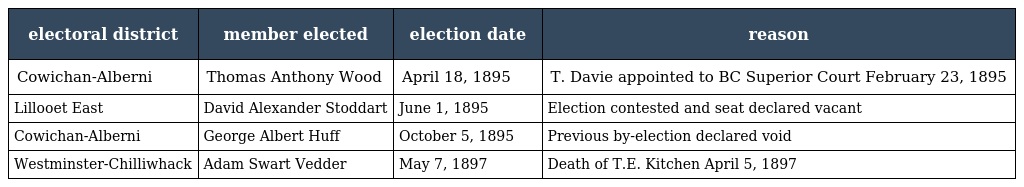
| electoral district | member elected | election date | reason |
 | --- | --- | --- | --- |
 | Cowichan-Alberni | Thomas Anthony Wood | April 18, 1895 | T. Davie appointed to BC Superior Court February 23, 1895 |
 | Lillooet East | David Alexander Stoddart | June 1, 1895 | Election contested and seat declared vacant |
 | Cowichan-Alberni | George Albert Huff | October 5, 1895 | Previous by-election declared void |
 | Westminster-Chilliwhack | Adam Swart Vedder | May 7, 1897 | Death of T.E. Kitchen April 5, 1897 |